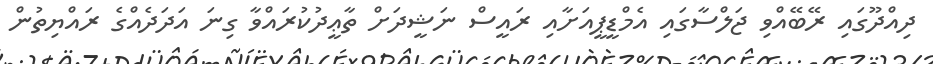
ދިއްދޫގައި ރޭބޭއްވި ޖަލްސާގައި އެމްޑީޕީއަށާއި ރައީސް ނަޝީދަށް ތާޢީދުކުރައްވާ ގިނަ އަދަދެއްގެ ރައްޔިތުން